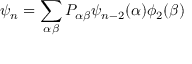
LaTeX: \psi _ { n } = \sum _ { \alpha \beta } P _ { \alpha \beta } \psi _ { n - 2 } ( \alpha ) \phi _ { 2 } ( \beta )